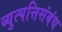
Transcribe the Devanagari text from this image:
व्युत्पत्तिसंबंध